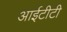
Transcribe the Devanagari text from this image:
आईटीटी